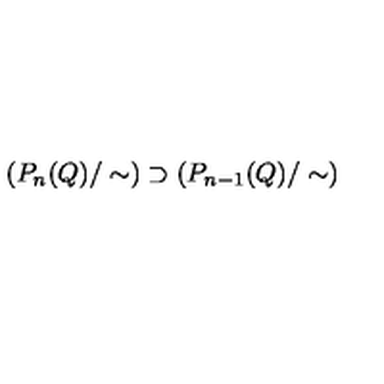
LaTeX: \left( P _ { n } ( Q ) / \sim \right) \supset \left( P _ { n - 1 } ( Q ) / \sim \right)